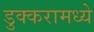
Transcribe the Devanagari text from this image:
डुक्करामध्ये